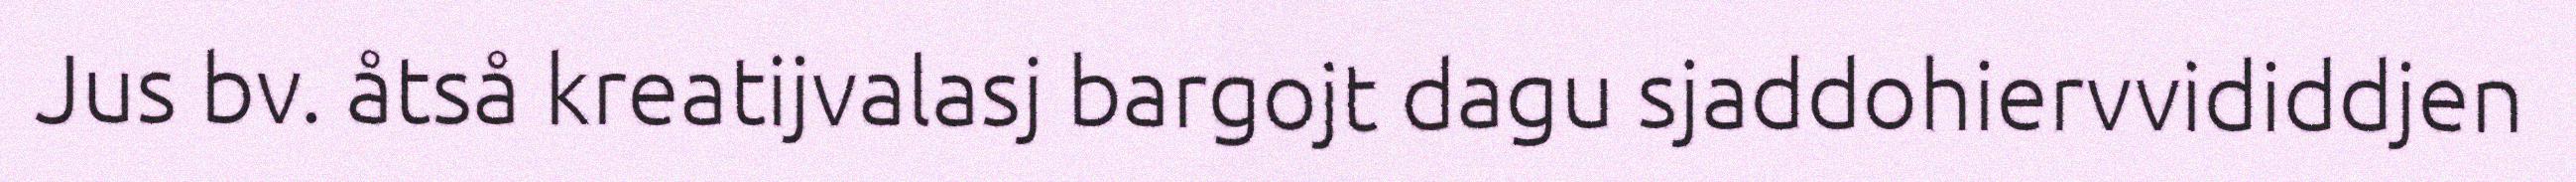
Jus bv. åtså kreatijvalasj bargojt dagu sjaddohiervvididdjen